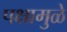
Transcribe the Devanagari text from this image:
पक्षामुळे